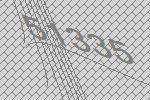
51335